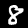
Label: 8